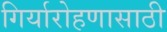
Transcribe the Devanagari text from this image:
गिर्यारोहणासाठी